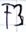
Text: F3